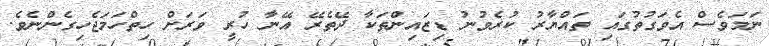
ނަމަވެސް އެވަގުތުގައި ތައްޔާރު ކުރެވުނު ޑިޒައިންތަކާ ދޭތެރޭ އޭނާ ހުރީ ވަރަށް ހިތްހަމަޖެހިގެންނެވެ.